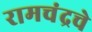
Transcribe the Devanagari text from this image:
रामचंद्रचे